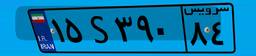
۵۹S۷۴۷۶۱